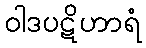
ဝါဒပဋိဟာရံ